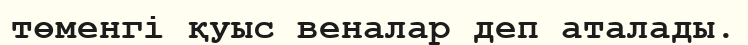
төменгі қуыс веналар деп аталады.